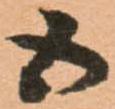
五